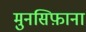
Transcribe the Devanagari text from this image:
मुनसिफ़ाना